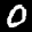
Label: 0